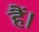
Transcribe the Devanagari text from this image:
हैं।